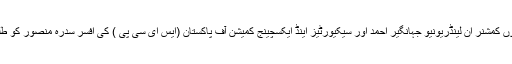
احتساب عدالت کی جانب سے 2گواہوں کمشنر اِن لینڈریونیو جہانگیر احمد اور سیکیورٹیز اینڈ ایکسچینج کمیشن آف پاکستان (ایس ای سی پی ) کی افسر سدرہ منصور کو طلبی کے سمن جاری کیے گئے تھے۔